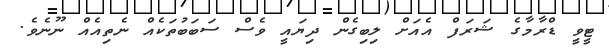
ޓީވީ ޑްރާމާގެ ޝަރަފް އެއަށް ލިބިގެން ދިޔައީ ވެސް ސަބަބުތަކެއް ނެތިއެއް ނޫނެވެ.